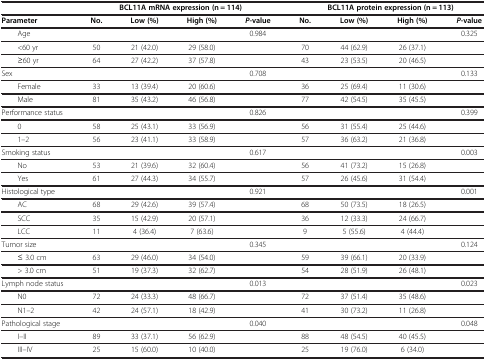
<table><thead><tr><td><b> </b></td><td colspan="4"><b>BCL11A mRNA expression (n = 114)</b></td><td colspan="4"><b>BCL11A protein expression (n = 113)</b></td></tr></thead><tbody><tr><td><b>Parameter</b></td><td><b>No.</b></td><td><b>Low (%)</b></td><td><b>High (%)</b></td><td><b><i>P-</i></b><b>value</b></td><td><b>No.</b></td><td><b>Low (%)</b></td><td><b>High (%)</b></td><td><b><i>P</i></b><b>-value</b></td></tr><tr><td>Age</td><td> </td><td> </td><td> </td><td>0.984</td><td> </td><td> </td><td> </td><td>0.325</td></tr><tr><td>&lt;60 yr</td><td>50</td><td>21 (42.0)</td><td>29 (58.0)</td><td> </td><td>70</td><td>44 (62.9)</td><td>26 (37.1)</td><td> </td></tr><tr><td>≥60 yr</td><td>64</td><td>27 (42.2)</td><td>37 (57.8)</td><td> </td><td>43</td><td>23 (53.5)</td><td>20 (46.5)</td><td> </td></tr><tr><td>Sex</td><td> </td><td> </td><td> </td><td>0.708</td><td> </td><td> </td><td> </td><td>0.133</td></tr><tr><td>Female</td><td>33</td><td>13 (39.4)</td><td>20 (60.6)</td><td> </td><td>36</td><td>25 (69.4)</td><td>11 (30.6)</td><td> </td></tr><tr><td>Male</td><td>81</td><td>35 (43.2)</td><td>46 (56.8)</td><td> </td><td>77</td><td>42 (54.5)</td><td>35 (45.5)</td><td> </td></tr><tr><td>Performance status</td><td> </td><td> </td><td> </td><td>0.826</td><td> </td><td> </td><td> </td><td>0.399</td></tr><tr><td>0</td><td>58</td><td>25 (43.1)</td><td>33 (56.9)</td><td> </td><td>56</td><td>31 (55.4)</td><td>25 (44.6)</td><td> </td></tr><tr><td>1–2</td><td>56</td><td>23 (41.1)</td><td>33 (58.9)</td><td> </td><td>57</td><td>36 (63.2)</td><td>21 (36.8)</td><td> </td></tr><tr><td>Smoking status</td><td> </td><td> </td><td> </td><td>0.617</td><td> </td><td> </td><td> </td><td>0.003</td></tr><tr><td>No</td><td>53</td><td>21 (39.6)</td><td>32 (60.4)</td><td> </td><td>56</td><td>41 (73.2)</td><td>15 (26.8)</td><td> </td></tr><tr><td>Yes</td><td>61</td><td>27 (44.3)</td><td>34 (55.7)</td><td> </td><td>57</td><td>26 (45.6)</td><td>31 (54.4)</td><td> </td></tr><tr><td>Histological type</td><td> </td><td> </td><td> </td><td>0.921</td><td> </td><td> </td><td> </td><td>0.001</td></tr><tr><td>AC</td><td>68</td><td>29 (42.6)</td><td>39 (57.4)</td><td> </td><td>68</td><td>50 (73.5)</td><td>18 (26.5)</td><td> </td></tr><tr><td>SCC</td><td>35</td><td>15 (42.9)</td><td>20 (57.1)</td><td> </td><td>36</td><td>12 (33.3)</td><td>24 (66.7)</td><td> </td></tr><tr><td>LCC</td><td>11</td><td>4 (36.4)</td><td>7 (63.6)</td><td> </td><td>9</td><td>5 (55.6)</td><td>4 (44.4)</td><td> </td></tr><tr><td>Tumor size</td><td> </td><td> </td><td> </td><td>0.345</td><td> </td><td> </td><td> </td><td>0.124</td></tr><tr><td>≤ 3.0 cm</td><td>63</td><td>29 (46.0)</td><td>34 (54.0)</td><td> </td><td>59</td><td>39 (66.1)</td><td>20 (33.9)</td><td> </td></tr><tr><td>&gt; 3.0 cm</td><td>51</td><td>19 (37.3)</td><td>32 (62.7)</td><td> </td><td>54</td><td>28 (51.9)</td><td>26 (48.1)</td><td> </td></tr><tr><td>Lymph node status</td><td> </td><td> </td><td> </td><td>0.013</td><td> </td><td> </td><td> </td><td>0.023</td></tr><tr><td>N0</td><td>72</td><td>24 (33.3)</td><td>48 (66.7)</td><td> </td><td>72</td><td>37 (51.4)</td><td>35 (48.6)</td><td> </td></tr><tr><td>N1–2</td><td>42</td><td>24 (57.1)</td><td>18 (42.9)</td><td> </td><td>41</td><td>30 (73.2)</td><td>11 (26.8)</td><td> </td></tr><tr><td>Pathological stage</td><td> </td><td> </td><td> </td><td>0.040</td><td> </td><td> </td><td> </td><td>0.048</td></tr><tr><td>I–II</td><td>89</td><td>33 (37.1)</td><td>56 (62.9)</td><td> </td><td>88</td><td>48 (54.5)</td><td>40 (45.5)</td><td> </td></tr><tr><td>III–IV</td><td>25</td><td>15 (60.0)</td><td>10 (40.0)</td><td> </td><td>25</td><td>19 (76.0)</td><td>6 (34.0)</td><td> </td></tr></tbody></table>